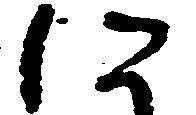
に